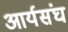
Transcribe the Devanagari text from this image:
आर्यसंघ